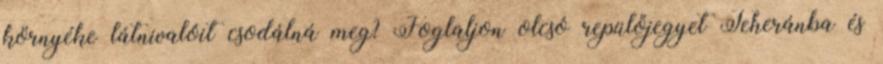
környéke látnivalóit csodálná meg? Foglaljon olcsó repülőjegyet Teheránba és